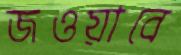
জওয়াবে